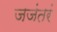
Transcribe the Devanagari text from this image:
जजंतरं